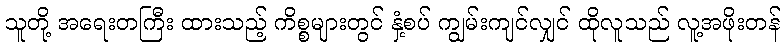
သူတို့ အရေးတကြီး ထားသည့် ကိစ္စများတွင် နှံ့စပ် ကျွမ်းကျင်လျှင် ထိုလူသည် လူ့အဖိုးတန်